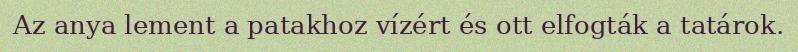
Az anya lement a patakhoz vízért és ott elfogták a tatárok.